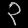
Digit: ၃